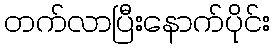
တက်လာပြီးနောက်ပိုင်း